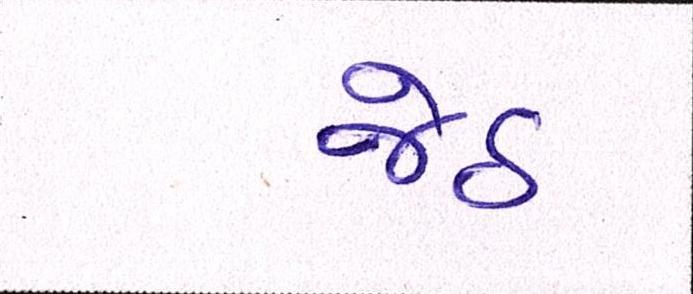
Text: જેઠ